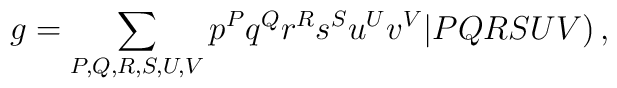
g=\sum_{P,Q,R,S,U,V} p^Pq^Qr^Rs^Su^Uv^V \vert PQRSUV)\, ,